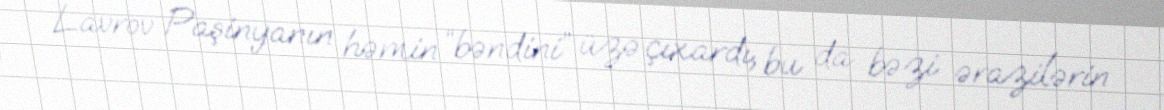
Lavrov Paşinyanın həmin “bəndini” üzə çıxardı, bu da bəzi ərazilərin